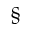
\mathsection